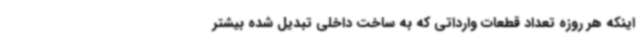
اینکه هر روزه تعداد قطعات وارداتی که به ساخت داخلی تبدیل شده بیشتر